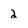
Character: 2